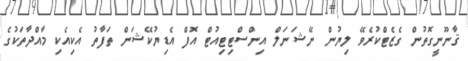
ޤާނޫނީގޮތުން ގެޒެޓްކުރެވޭ ލިޔުން ނޭޝަނަލް އިންސްޓިޓިއުޓް އޮފް އެޑިޔުކޭޝަން ތަފާތު އެކިއެކި މާއްދާތަކުގެ